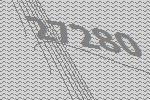
27280